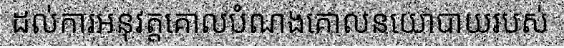
ដល់ការអនុវត្តគោលបំណងគោលនយោបាយរបស់